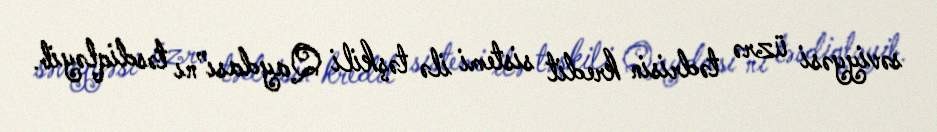
səviyyəsi üzrə tədrisin kredit sistemi ilə təşkili Qaydası”nı təsdiqləyib.